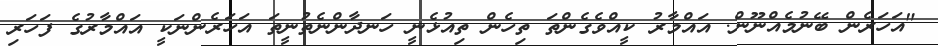
"އަހަރެން ބޭނުމެއްނޫން. އައްމާރު ކީއްވެގެންތަ ތިހެން ތިއުޅެނީ ހަނދާންނެތުނީތަ އަހަރެންނަކީ އައްމާރުގެ ފަހަރި